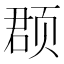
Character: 𫖳